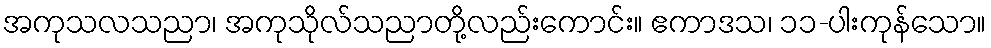
အကုသလသညာ၊ အကုသိုလ်သညာတို့လည်းကောင်း။ ဧကာဒသ၊ ၁၁-ပါးကုန်သော။